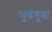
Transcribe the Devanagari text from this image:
भूतंगुता